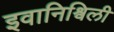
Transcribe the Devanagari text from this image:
इवानिश्विली